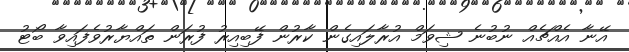
އޭނާ އެއްޗެއް ނުބުނެ ޝިވަމް އުރާލައިގެން ކާރުން ފޭބިއިރު ފުރަން ތައްޔާރުވެފައިވާ ބޯޓު